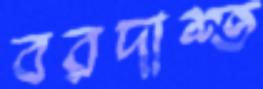
বরদাশ্ত